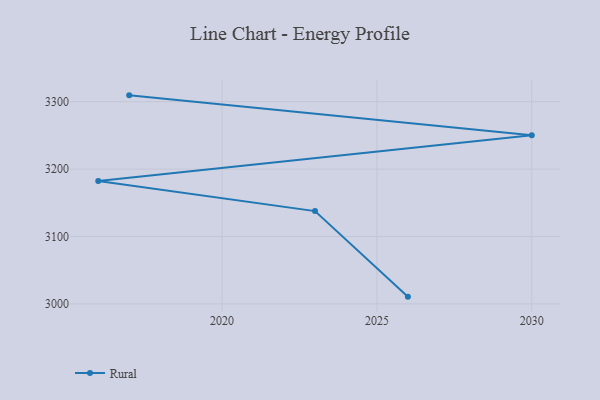
{"axis": {"x": "Year", "y": "Inventory Turnover"}, "legend": ["Rural"], "data": [{"x": "2017", "y": 3309.4, "type": "Rural"}, {"x": "2030", "y": 3250.2, "type": "Rural"}, {"x": "2016", "y": 3182.4, "type": "Rural"}, {"x": "2023", "y": 3137.7, "type": "Rural"}, {"x": "2026", "y": 3010.8, "type": "Rural"}]}